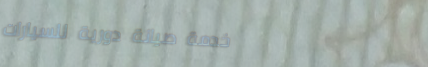
خدمة صيانة دورية للسيارات